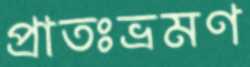
প্রাতঃভ্রমণ